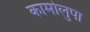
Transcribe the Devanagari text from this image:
कामोलुपा